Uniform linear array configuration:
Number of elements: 32
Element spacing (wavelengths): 0.25
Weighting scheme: hann
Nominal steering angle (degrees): -60
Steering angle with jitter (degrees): -58.387
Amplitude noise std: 0.05
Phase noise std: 0.05

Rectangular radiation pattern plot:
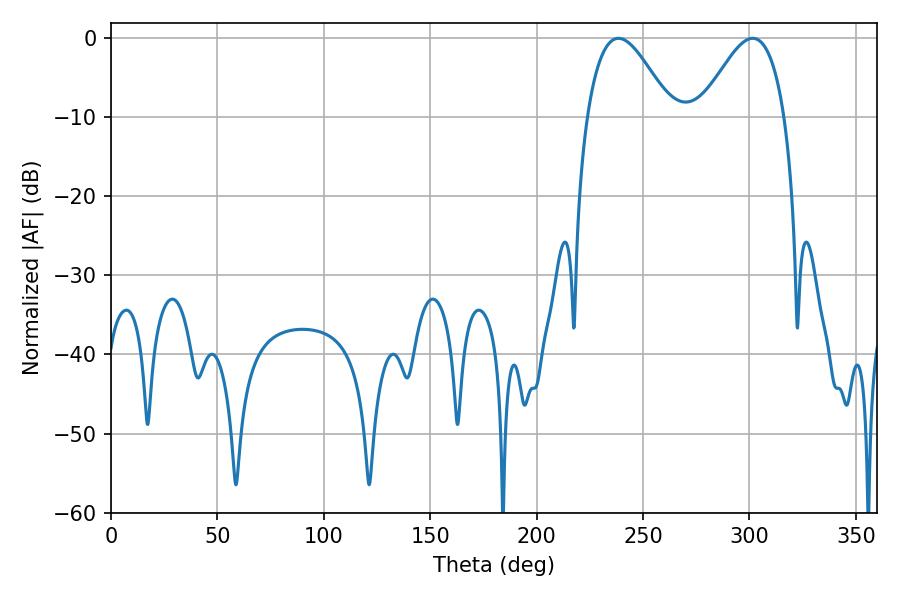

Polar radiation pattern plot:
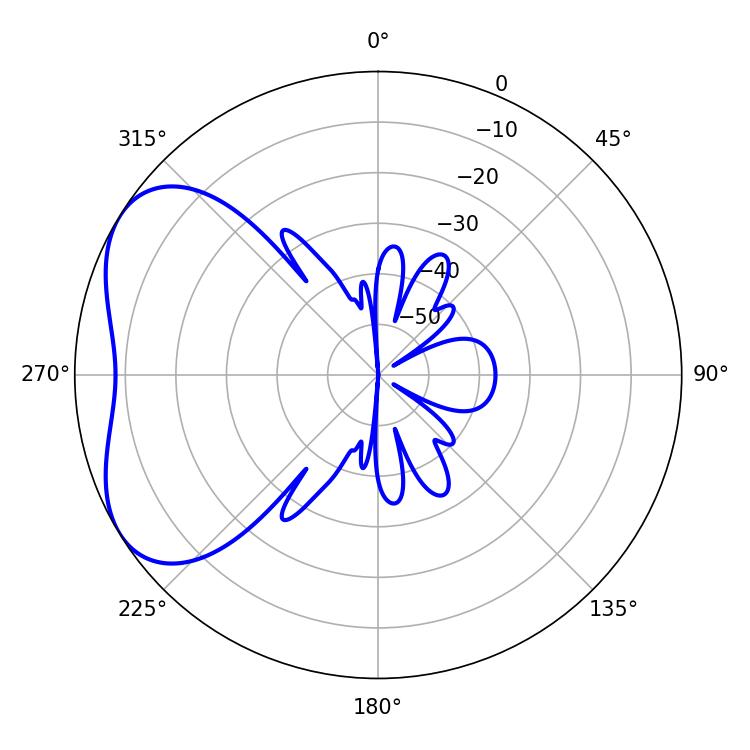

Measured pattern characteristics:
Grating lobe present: FALSE
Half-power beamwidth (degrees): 21.24
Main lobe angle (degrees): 238.5